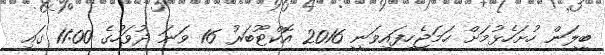
ބީލަން ހުށަހެޅުމަށް ހަމަޖެހިފައިވަނީ 2016 އޮކްޓޫބަރު 16 ވަނަ ދުވަހުގެ 11:00 ގައި